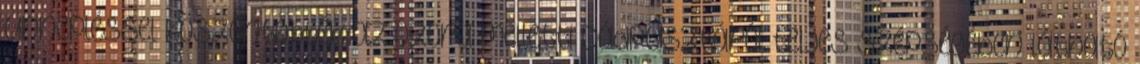
ünnepléssel köszöntötték az Ozora melletti Dádpusztáról teljes szépségében látható